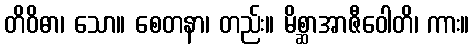
တိဝိဓာ၊ သော။ စေတနာ၊ တည်း။ မိစ္ဆာအာဇီဝေါတိ၊ ကား။